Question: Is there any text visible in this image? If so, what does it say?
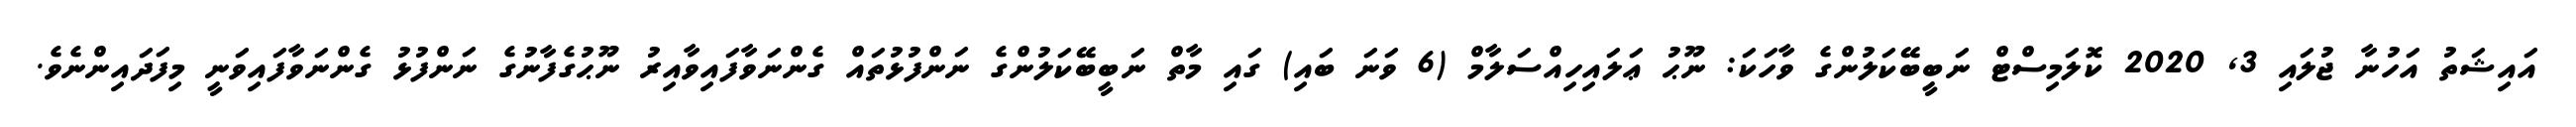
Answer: އައިޝަތު އަހުނާ ޖުލައި 3, 2020 ކޮލަމިސްޓް ނަބީބޭކަލުންގެ ވާހަކަ: ނޫޙު ޢަލައިހިއްސަލާމް (6 ވަނަ ބައި) ގައި މާތް ނަބީބޭކަލުންގެ ނަންފުޅުތައް ގެންނަވާފައިވާއިރު ނޫޙުގެފާނުގެ ނަންފުޅު ގެންނަވާފައިވަނީ މިފަދައިންނެވެ.